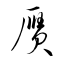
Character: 贗